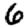
Digit: 6